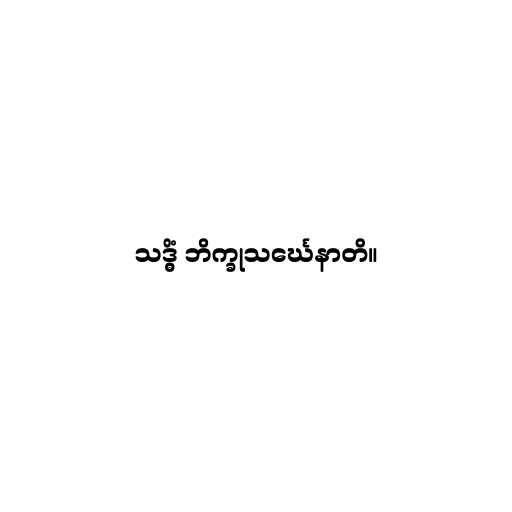
သဒ္ဓိံ ဘိက္ခုသင်္ဃေနာတိ။